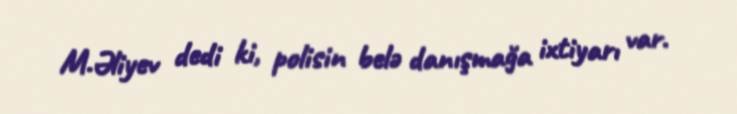
M.Əliyev dedi ki, polisin belə danışmağa ixtiyarı var.